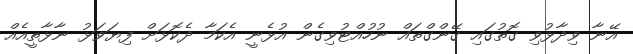
އޭނާ ވިދާޅުވި ގޮތުގައި ގޭންގްތައް ނުހުއްޓުވިގެން އުޅެނީ އެކަމާ ދެކޮޅަށް ފިޔަވަޅު ނާޅާތީއެއް